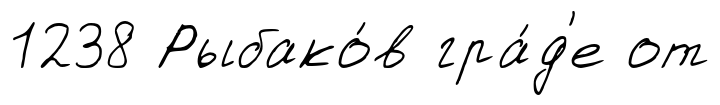
1238 Рыбако́в гра́д'е от